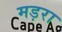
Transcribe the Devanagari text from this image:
मड़रा